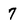
Character: 7